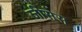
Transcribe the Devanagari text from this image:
जीसेस